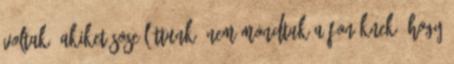
voltak, akiket sose láttunk. Nem mondtuk a fonöknek, hogy